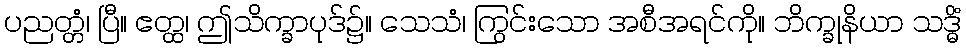
ပညတ္တံ၊ ပြီ။ ဧတ္ထ၊ ဤသိက္ခာပုဒ်၌။ သေသံ၊ ကြွင်းသော အစီအရင်ကို။ ဘိက္ခုနိယာ သဒ္ဓိံ